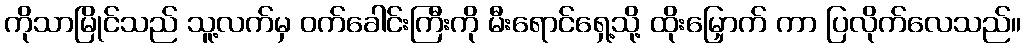
ကိုသာမြိုင်သည် သူ့လက်မှ ဝက်ခေါင်းကြီးကို မီးရောင်ရှေ့သို့ ထိုးမြှောက် ကာ ပြလိုက်လေသည်။